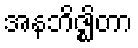
အနဘိဇ္ဈိတာ